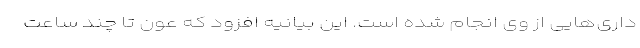
داری‌هایی از وی انجام شده است. این بیانیه افزود‌ که عون تا چند ساعت